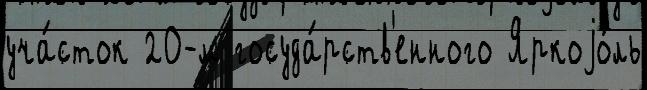
уча́сток 20-м госуда́рств'енного Яркоjо́ль